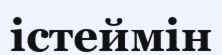
істеймін